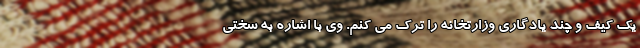
یک کیف و چند یادگاری وزارتخانه را ترک می کنم. وی با اشاره به سختی